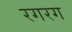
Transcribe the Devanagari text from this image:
रगरग